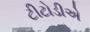
ટીટોડીએ